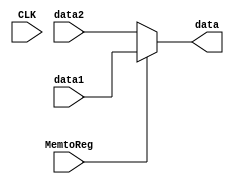
module Alu_Mem_mux(
    input MemtoReg,
    input [31:0]data1,
    input [31:0]data2,
    input CLK,
    output reg [31:0]data
    );
    always@(*)begin
        if(MemtoReg==1)
            data=data1;
        else
            data=data2;
    end
endmodule